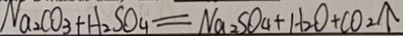
N a _ { 2 } C O _ { 3 } + H _ { 2 } S O _ { 4 } = N a _ { 2 } S O _ { 4 } + H _ { 2 } O + C O _ { 2 } \uparrow